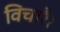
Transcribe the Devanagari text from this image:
विचारै।